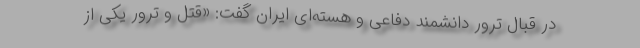
در قبال ترور دانشمند دفاعی و هسته‌ای ایران گفت: «قتل و ترور یکی از